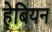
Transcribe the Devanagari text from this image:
हेबियन